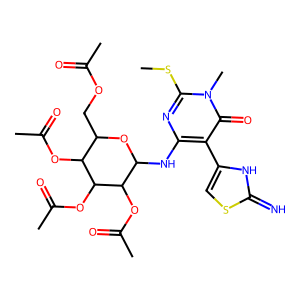
SMILES: CSc1nc(NC2OC(COC(C)=O)C(OC(C)=O)C(OC(C)=O)C2OC(C)=O)c(-c2csc(=N)[nH]2)c(=O)n1C
Inhibits HIV replication: No